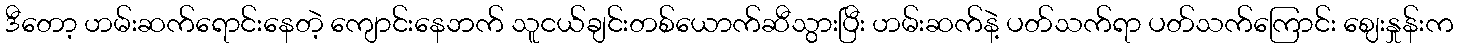
ဒီတော့ ဟမ်းဆက်ရောင်းနေတဲ့ ကျောင်းနေဘက် သူငယ်ချင်းတစ်ယောက်ဆီသွားပြီး ဟမ်းဆက်နဲ့ ပတ်သက်ရာ ပတ်သက်ကြောင်း ဈေးနှုန်းက